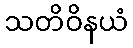
သတိဝိနယံ